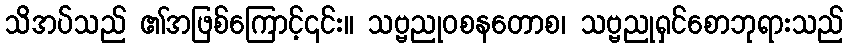
သိအပ်သည် ၏အဖြစ်ကြောင့်၎င်း။ သဗ္ဗညုဝစနတောစ၊ သဗ္ဗညုရှင်စောဘုရားသည်